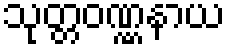
သုတ္တဝဏ္ဏနာယ